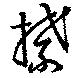
禁